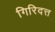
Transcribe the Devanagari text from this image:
गिरिदत्त